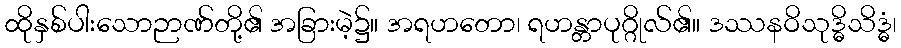
ထိုနှစ်ပါးသောဉာဏ်တို့၏ အခြားမဲ့၌။ အရဟတော၊ ရဟန္တာပုဂ္ဂိုလ်၏။ ဒဿနဝိသုဒ္ဓိသိဒ္ဓံ၊